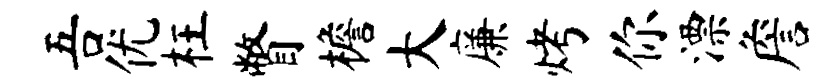
吾优枉瞥檐大廉烤你漂詹